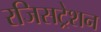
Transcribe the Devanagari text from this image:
रजिसट्रेशन